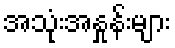
အသုံးအနှုန်းများ